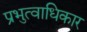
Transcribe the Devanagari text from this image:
प्रभुत्वाधिकार